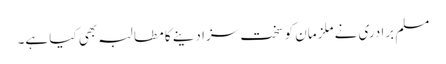
مسلم برادری نے ملزمان کو سخت سزا دینے کا مطالبہ بھی کیا ہے۔